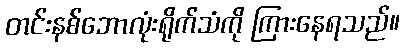
တင်းနစ်ဘောလုံးရိုက်သံကို ကြားနေရသည်။